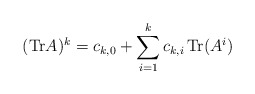
\begin{align*}({\rm Tr} A)^k = c_{k,0} + \sum_{i=1}^k c_{k,i} \, {\rm Tr}(A^i)\end{align*}